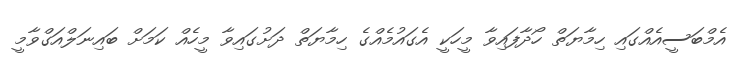
އެމްބަސީއެއްގައި ހިމާޔަތް ހޯދާފައިވާ މީހަކީ އެގައުމެއްގެ ހިމާޔަތް ދަށުގައިވާ މީހެއް ކަަމަށް ބައިނަލްއަގްވާމީ